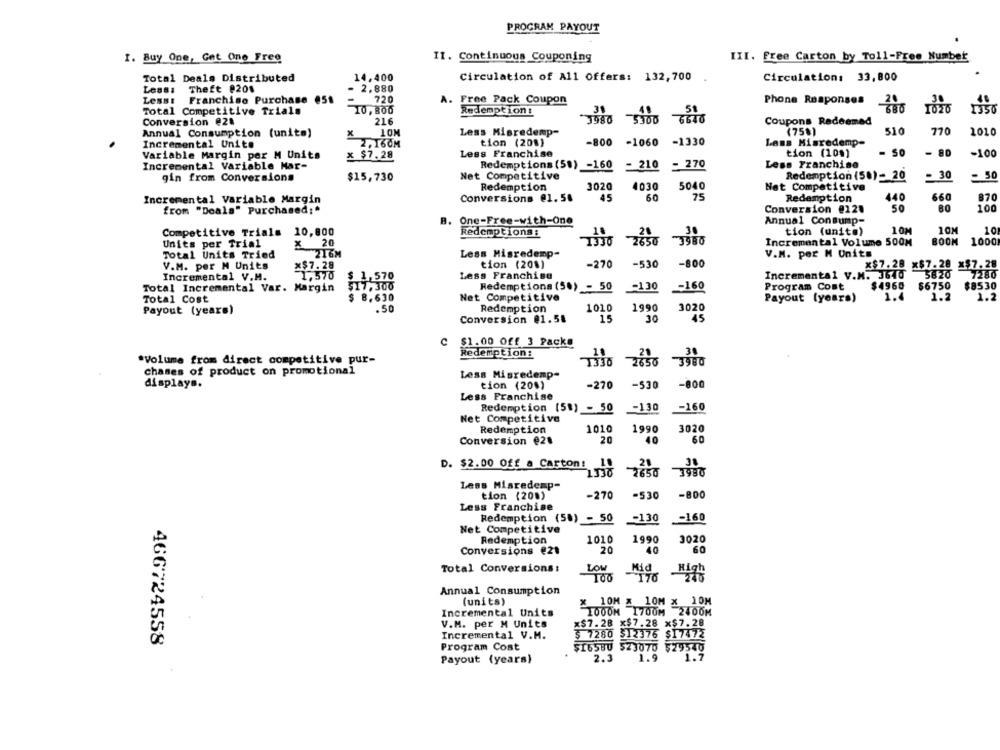
PROGRAM PAYOUT
1. Buy One, Get One Free
I1. Continuous Couponing
III. free Carton by Toll-Free Number
Total Deals Distributed
14,400
Circulation of All Offers: 132,700
Circulation: 33,800
Lessa
Theft @201
2.880
46
Lesst
Franchise Purchase @51
720
A. Free Pack Coupon
Phone Responses
30
Total Competitive Trials
10, 800
Redemption:
1026
1350
216
7980 3900 6640
Coupons Redeemed
Conversion @21
Annual Consumption (units)
10M
Less Misredemp-
(75%)
510
770
2010
tion (208)
-800 -1060 -1330
Lass Misredemp-
Incremental Unite
2,160M
Variable Margin per M Units
x $7.28
Less Franchise
tion (109]
- 50
- 80
-100
Incremental Variable Har-
Redemptions (58) -160
- 210
= 270
Less Franchise
gin from Conversions
$15,730
Net Competitive
Redemption (58)= 20
- 30
- 50
Redemption
3020
4030
5040
Nat Competitive
Incremental Variable Margin
Conversions @1.54
45
60
75
Redemption
440
660
870
from "Deals" Purchased:"
Conversion @121
50
80
100
B. One-Free-with-One
Annual Consump-
Competitive Trials
10,800
Redemptions :
130
tion (unite)
10M
10M
10
1336
2650
28
3980
BOOM
1000
Units per Trial
× 20
Incremental Volume 500M
Total Units Tried
216M
Less Hisredemp-
V.M. per M Units
V.M. per M Units
x$7.28
tion (208)
-270
-530
-800
x$7.28 x$7.28 x57.28
Incremental V.M.
1.570
$ 1,570
Less Franchise
Incremental V.N. 3640
5820
7280
$17,300
$4960
$6750
$8530
Total Incremental Var. Margin
Redemptions (5.) - 50
-130
-160
Program Cost
Total Cost
$ 8.630
Net Competitive
Payout (years)
1.2
1.2
Redemption
1010
1990
3020
Payout (years)
.50
Conversion @1.58
15
30
45
C $1.00 Off 3 Packs
18
21
30
Volume from direct competitive pur-
Redemption:
1336 2656
chames of product on promotional
Less Migredemp-
displays.
tion (20%)
-270
-530
-800
Less Franchise
Redemption (51) - 50
-130
-160
Net Competitive
3020
Redemption
1010
1990
Conversion €21
20
40
60
D. $2.00 Off a Carton: 1.
21
1.330
3650
3980
Less Misredemp-
tion (200)
-270
-530
-800
Less Franchise
Redemption (58) - 50
-130
-160
Net Competitive
Redemption
1010
1990
3020
Conversions e21
20
40
60
Total Conversions:
LOW
001
Mid
High
176
Annual Consumption
(units)
X 10M x 10M x 10H
Incremental Units
1000M 1700M 2400M
x$7.28 x$7.28 x$7.20
V.M. per M Units
Incremental V.M.
$ 7280 $12376
$17472
466724558
Program Cost
$29540
$16580 523070
Payout (years)
2.3
1.9
1.7